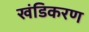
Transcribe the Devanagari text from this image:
खंडिकरण